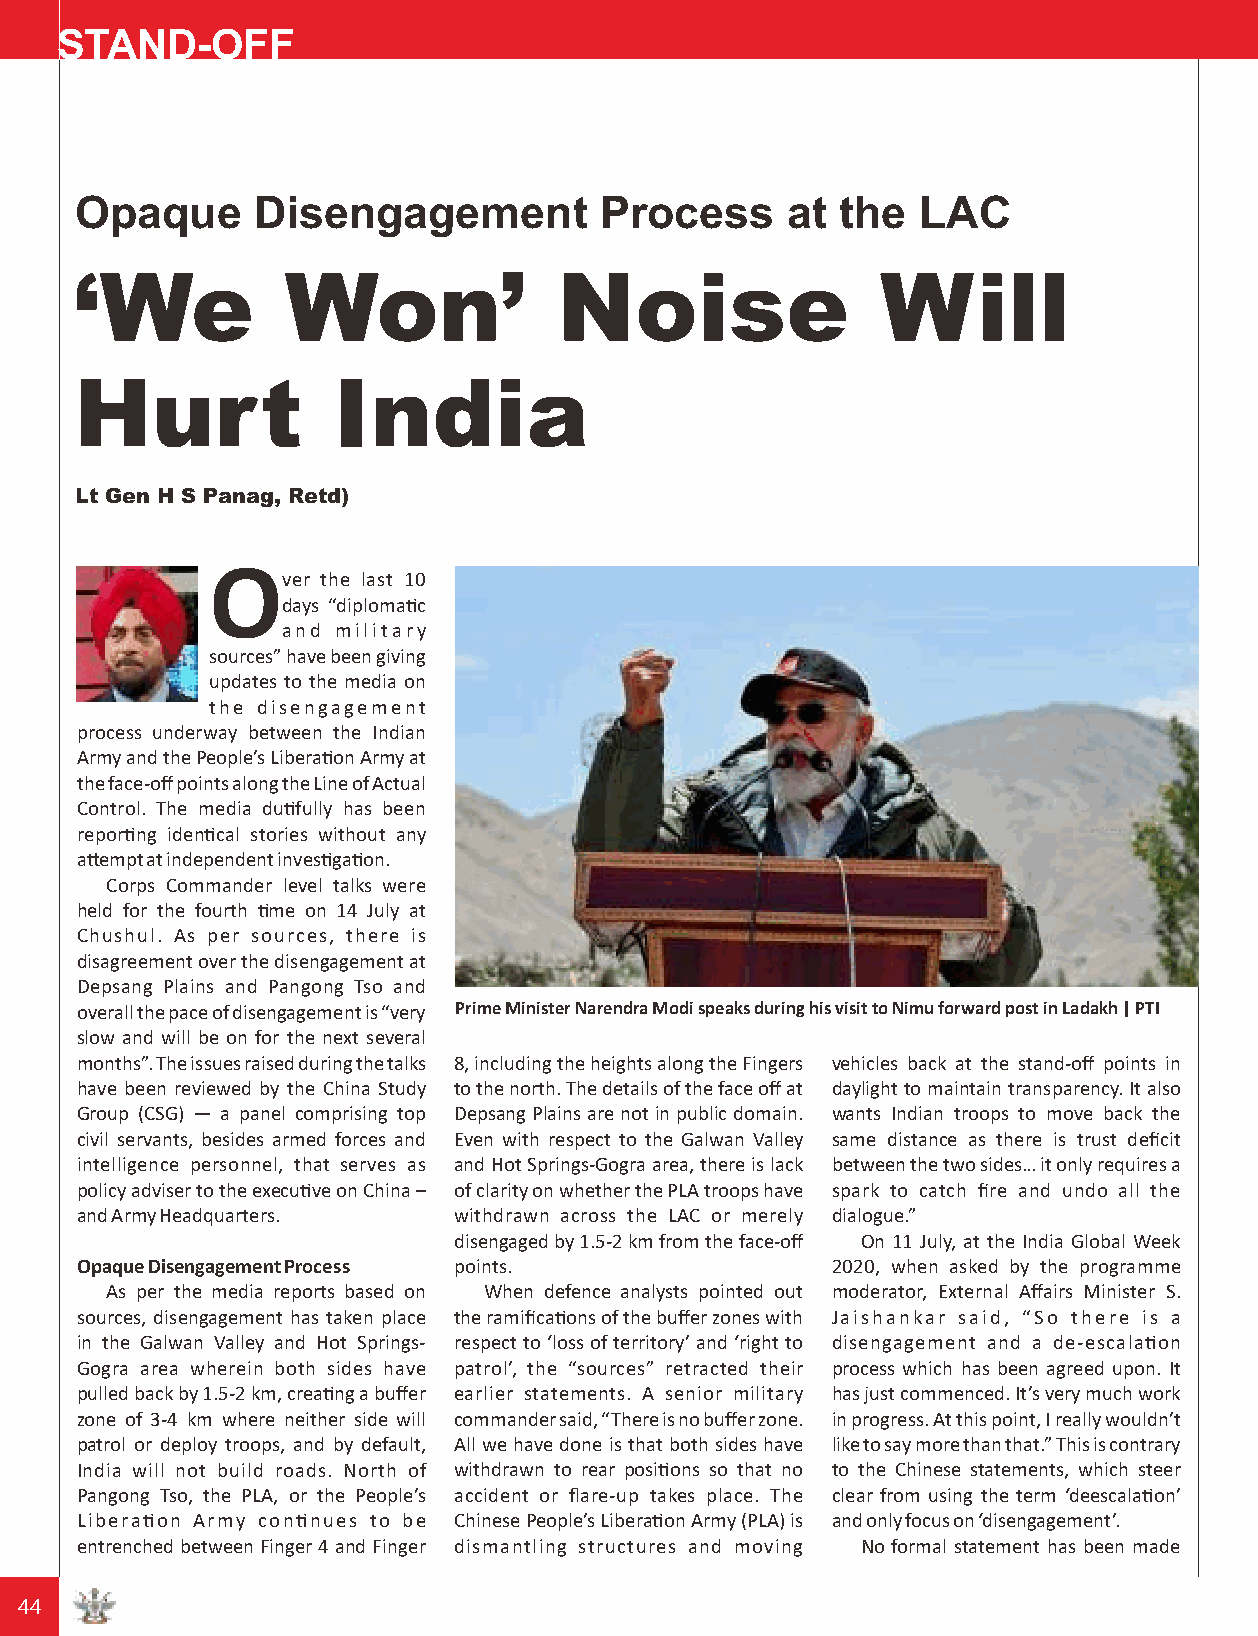
STAND-OFF
 Opaque      Disengagement          Process     at the   LAC
 ‘We           Won’              Noise                Will
 Hurt             India
 Lt Gen H S Panag, Retd)
 O
 ver the last 10
 days “diplomac
 and military
 sources” have been giving
 updates to the media on
 the disengagement
 process underway between the Indian
 Army and the People’s Liberaon Army at
 the face-off points along the Line of Actual
 Control. The media dufully has been
 reporng idencal stories without any
 aempt at independent invesgaon.
 Corps Commander level talks were
 held for the fourth me on 14 July at
 Chushul. As per sources, there is
 disagreement over the disengagement at
 Depsang Plains and Pangong Tso and
 overall the pace of disengagement is “very Prime Minister Narendra Modi speaks during his visit to Nimu forward post in Ladakh | PTI
 slow and will be on for the next several
 months”. The issues raised during the talks 8, including the heights along the Fingers vehicles back at the stand-off points in
 have been reviewed by the China Study to the north. The details of the face off at daylight to maintain transparency. It also
 Group (CSG) — a panel comprising top Depsang Plains are not in public domain. wants Indian troops to move back the
 civil servants, besides armed forces and Even with respect to the Galwan Valley same distance as there is trust deficit
 intelligence personnel, that serves as and Hot Springs-Gogra area, there is lack between the two sides… it only requires a
 policy adviser to the execuve on China – of clarity on whether the PLA troops have spark to catch fire and undo all the
 and Army Headquarters.   withdrawn across the LAC or merely dialogue.”
 disengaged by 1.5-2 km from the face-off On 11 July, at the India Global Week
 Opaque Disengagement Process points.              2020, when asked by the programme
 As per the media reports based on When defence analysts pointed out moderator, External Affairs Minister S.
 sources, disengagement has taken place the ramificaons of the buffer zones with Jaishankar said, “So there is a
 in the Galwan Valley and Hot Springs- respect to ‘loss of territory’ and ‘right to disengagement and a de-escalaon
 Gogra area wherein both sides have patrol’, the “sources” retracted their process which has been agreed upon. It
 pulled back by 1.5-2 km, creang a buffer earlier statements. A senior military has just commenced. It’s very much work
 zone of 3-4 km where neither side will commander said, “There is no buffer zone. in progress. At this point, I really wouldn’t
 patrol or deploy troops, and by default, All we have done is that both sides have like to say more than that.” This is contrary
 India will not build roads. North of withdrawn to rear posions so that no to the Chinese statements, which steer
 Pangong Tso, the PLA, or the People’s accident or flare-up takes place. The clear from using the term ‘deescalaon’
 Liberaon Army connues to be Chinese People’s Liberaon Army (PLA) is and only focus on ‘disengagement’.
 entrenched between Finger 4 and Finger dismantling structures and moving No formal statement has been made
 44